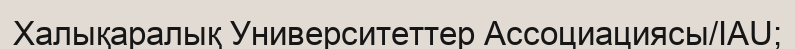
Халықаралық Университеттер Ассоциациясы/IAU;